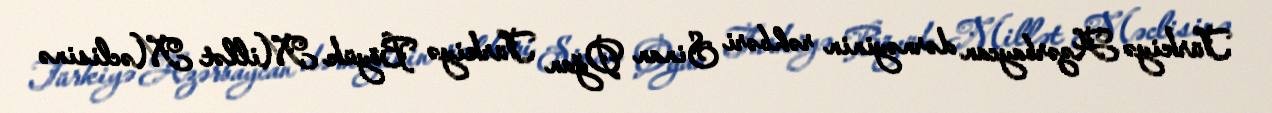
Türkiyə Azərbaycan dərnəyinin rəhbəri Sinan Oğan Türkiyə Böyük Millət Məclisinə